NAE_ERA_R-2078_Sihtasutus_Eesti_Kontsert, lk 172
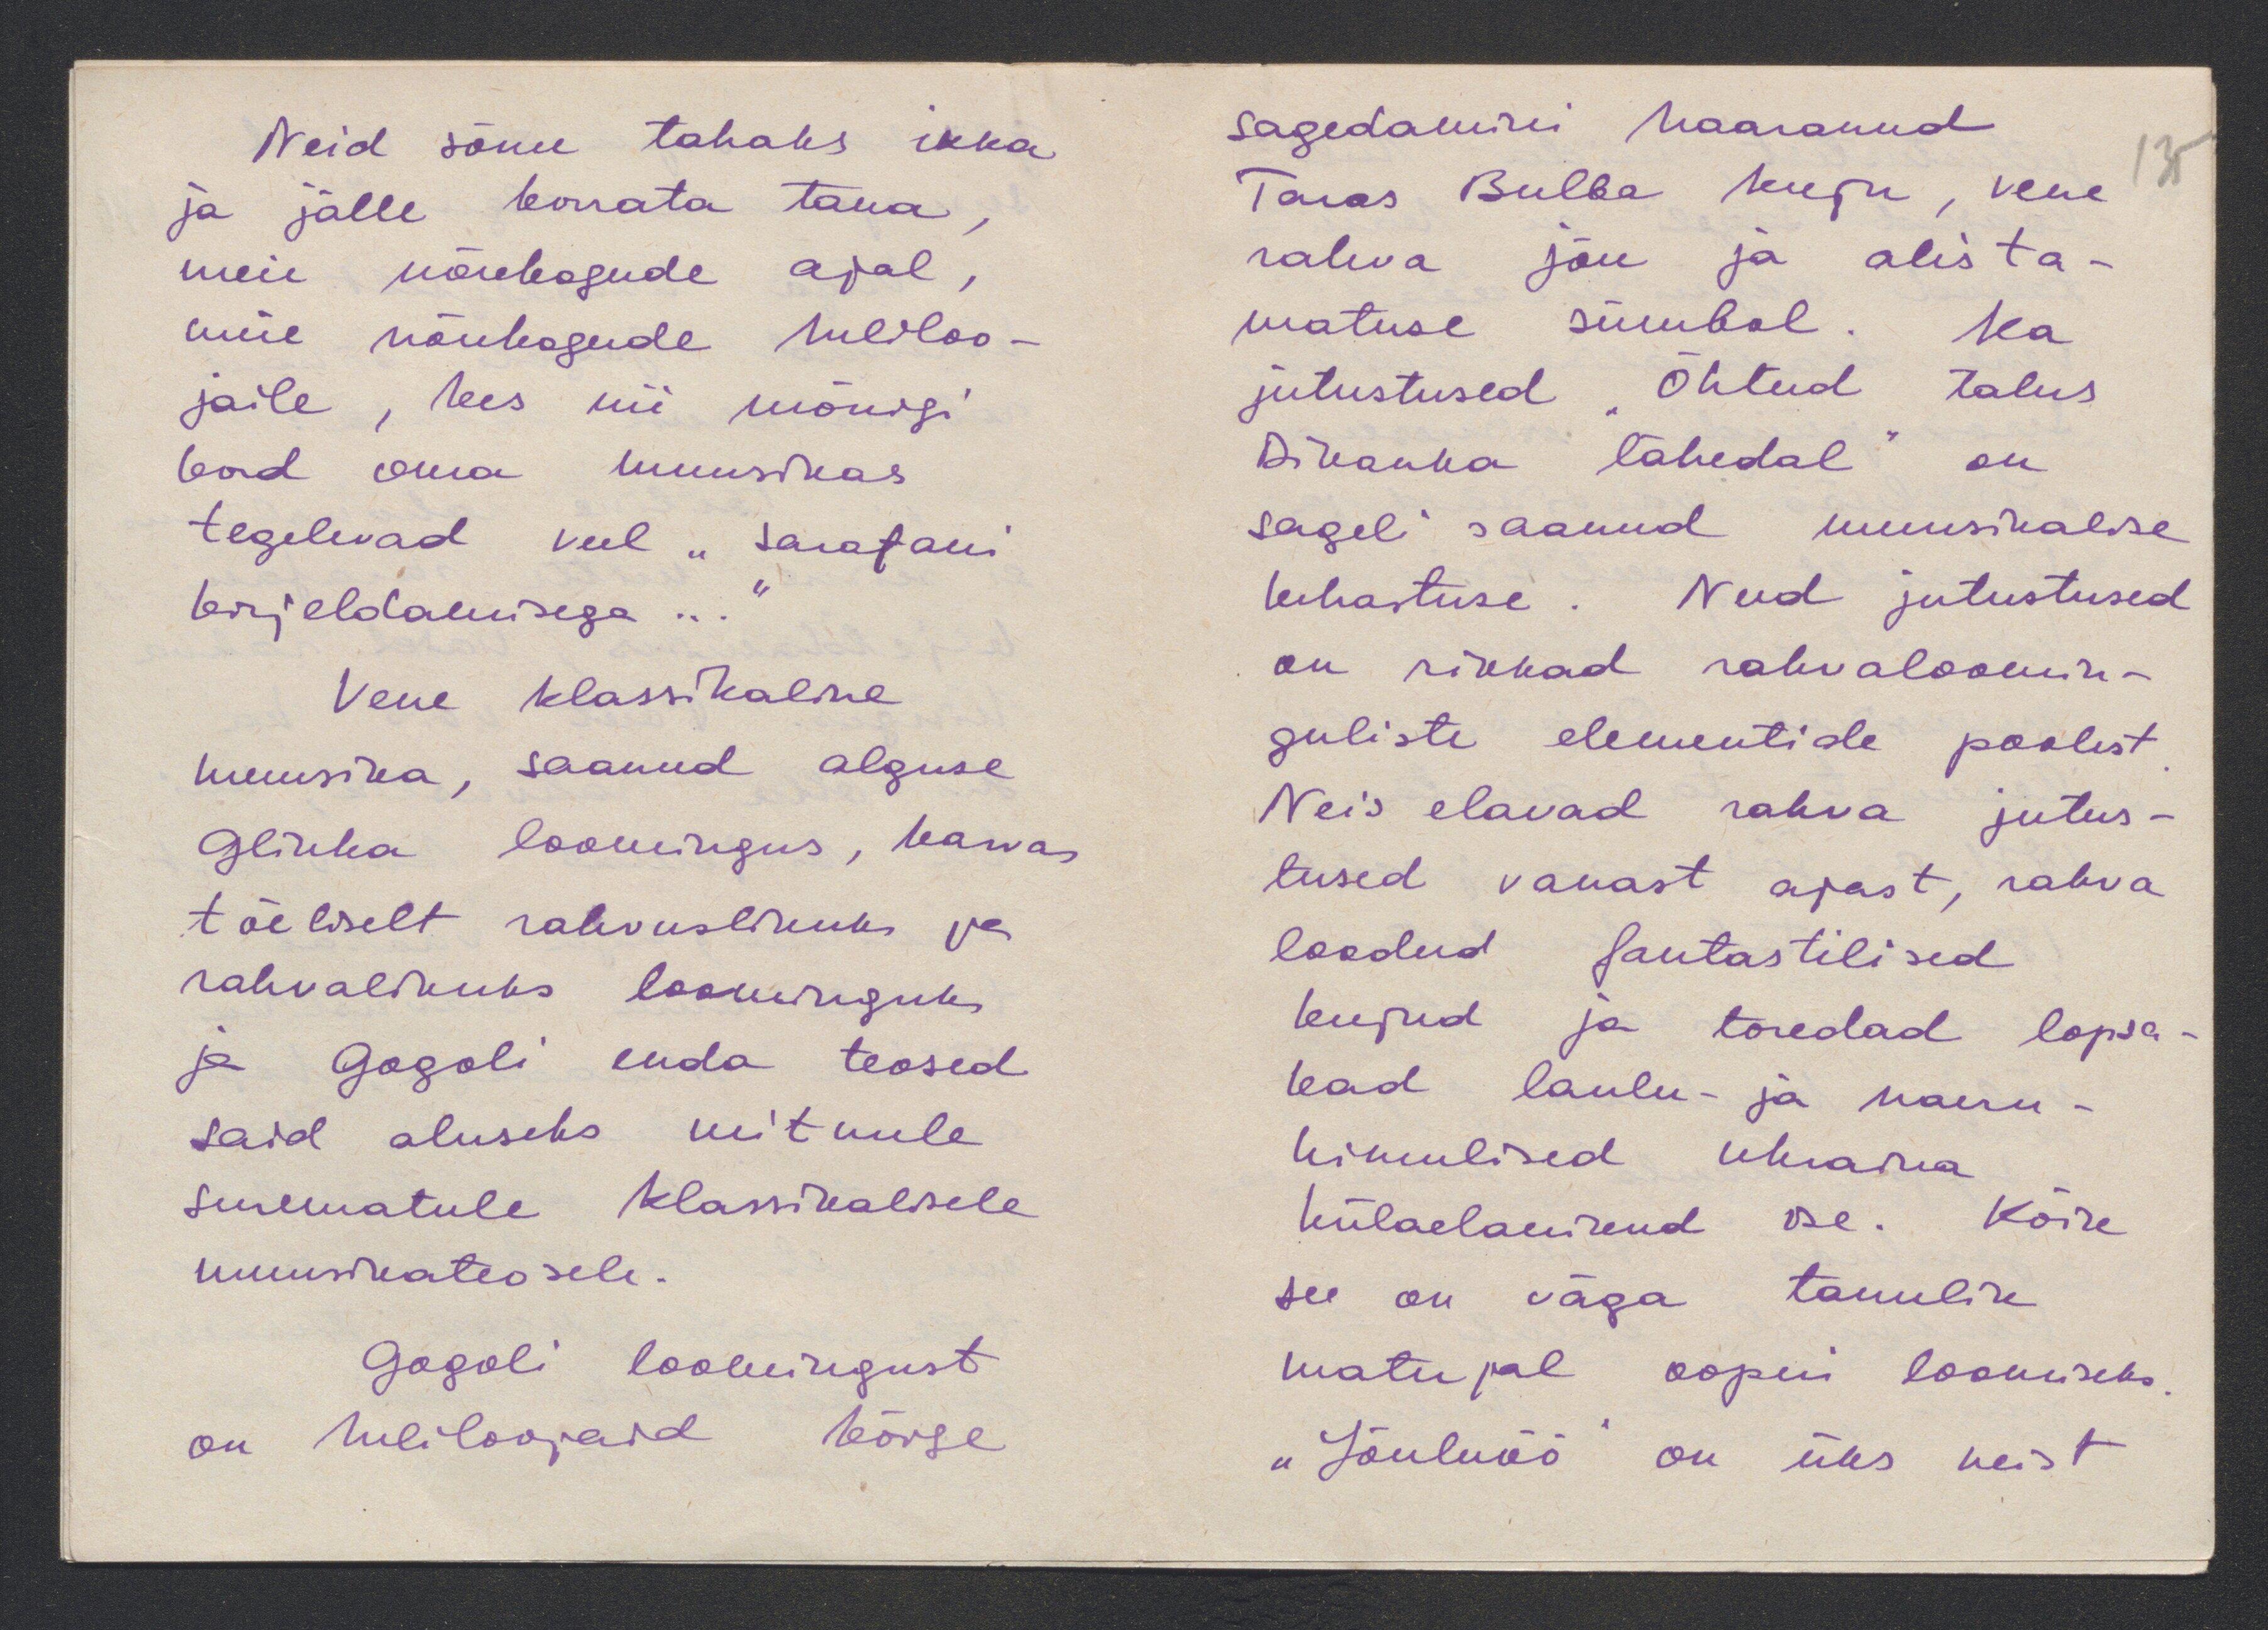
Neid sõnu tahaks ikka
ja jälle korrata täna,
meie nõukogude ajal,
meie nõukogude heliloo-
jaile, kes nii mõnigi
kord oma muusikas
tegelevad veel "Sarafani
kirjeldamisega..."
Vene klassikaline
muusika, saanud alguse
Glinka loomingus, kasvas
tõeliselt rahvuslikuks ja
rahvalikuks loominguks
ja Gogoli enda teosed
said aluseks mitmele
surematule klassikalisele
muusikeateosele.
Gogoli loomingust
on heliloojaid kõige

sagedaminei haaranud
Taras Bulba kuju, vene
135
rahva jõu ja alista-
matuse sümbol. Ka
jutustused "Õhtud talus
Dikanka lähedal" on
sageli saanud muusikalise
kehastuse. Need jutustused
on rikkad rahvaloomin-
guliste elementide poolest.
Neis elavad rahva jutus-
tused vanast ajast, rahva
loodud fantastilised
kujud ja toredad lopsa-
kad laulu- ja naeru-
himulised ukraina
külaelanikud ise. Kõik
see on väga tänulik
materjal ooperi loomiseks
"Jõuluöö" on üks neist